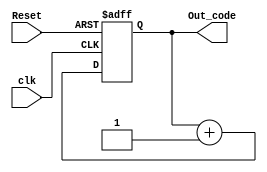
`timescale 1ps/1fs

module counter(
        output wire [31:0] Out_code,
        input wire clk,
        input wire Reset
);
    reg [31:0] count;

    always @(posedge clk or posedge Reset) begin
        if(Reset)begin
            count <= 0;
        end
        else begin
            count <= count + 32'b1;
        end
    end

    assign Out_code = count;


endmodule